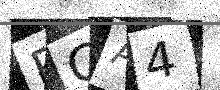
Text: RGA4